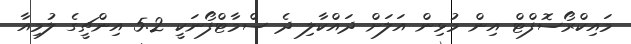
މައިކްރޯސޮފްޓް އިން މުޅިން އަލަށް ދައްކާލި ދެ ސްމާޓްފޯނަކީ 5.2 އިންޗީގެ ލުމިއާ